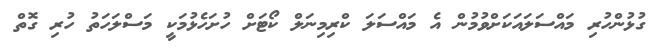
ގުޅުންހުރި މައްސަލައަކަށްވުމުން އެ މައްސަލަ ކްރިމިނަލް ކޯޓަށް ހުށަހެޅުމަކީ މަސްލަހަތު ހުރި ގޮތް